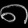
Digit: ၈